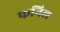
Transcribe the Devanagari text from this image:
फनिल